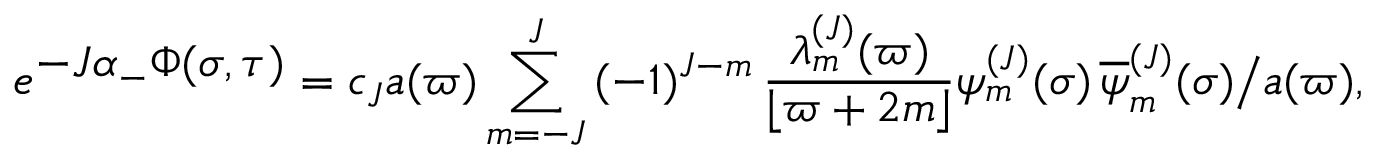
e ^ { \textstyle - J \alpha _ { - } \Phi ( \sigma , \tau ) } = c _ { J } a ( \varpi ) \sum _ { m = - J } ^ { J } \, ( - 1 ) ^ { J - m } \, { \frac { \lambda _ { m } ^ { ( J ) } ( \varpi ) } { \lfloor \varpi + 2 m \rfloor } } \psi _ { m } ^ { ( J ) } ( \sigma ) \, { \overline { { \psi } } _ { m } ^ { ( J ) } } ( \sigma ) \bigr / a ( \varpi ) ,